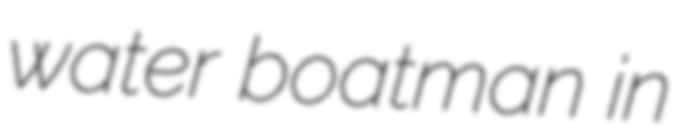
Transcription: water boatman in